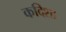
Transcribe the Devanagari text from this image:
कदिशा